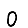
Digit: 0